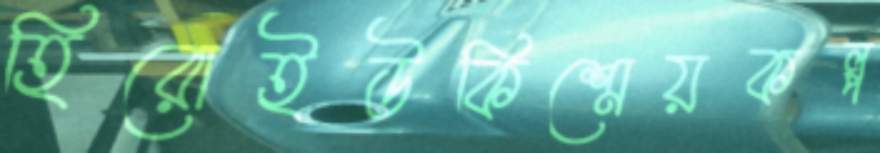
হিরোইউকিশ্রেয়কল্প